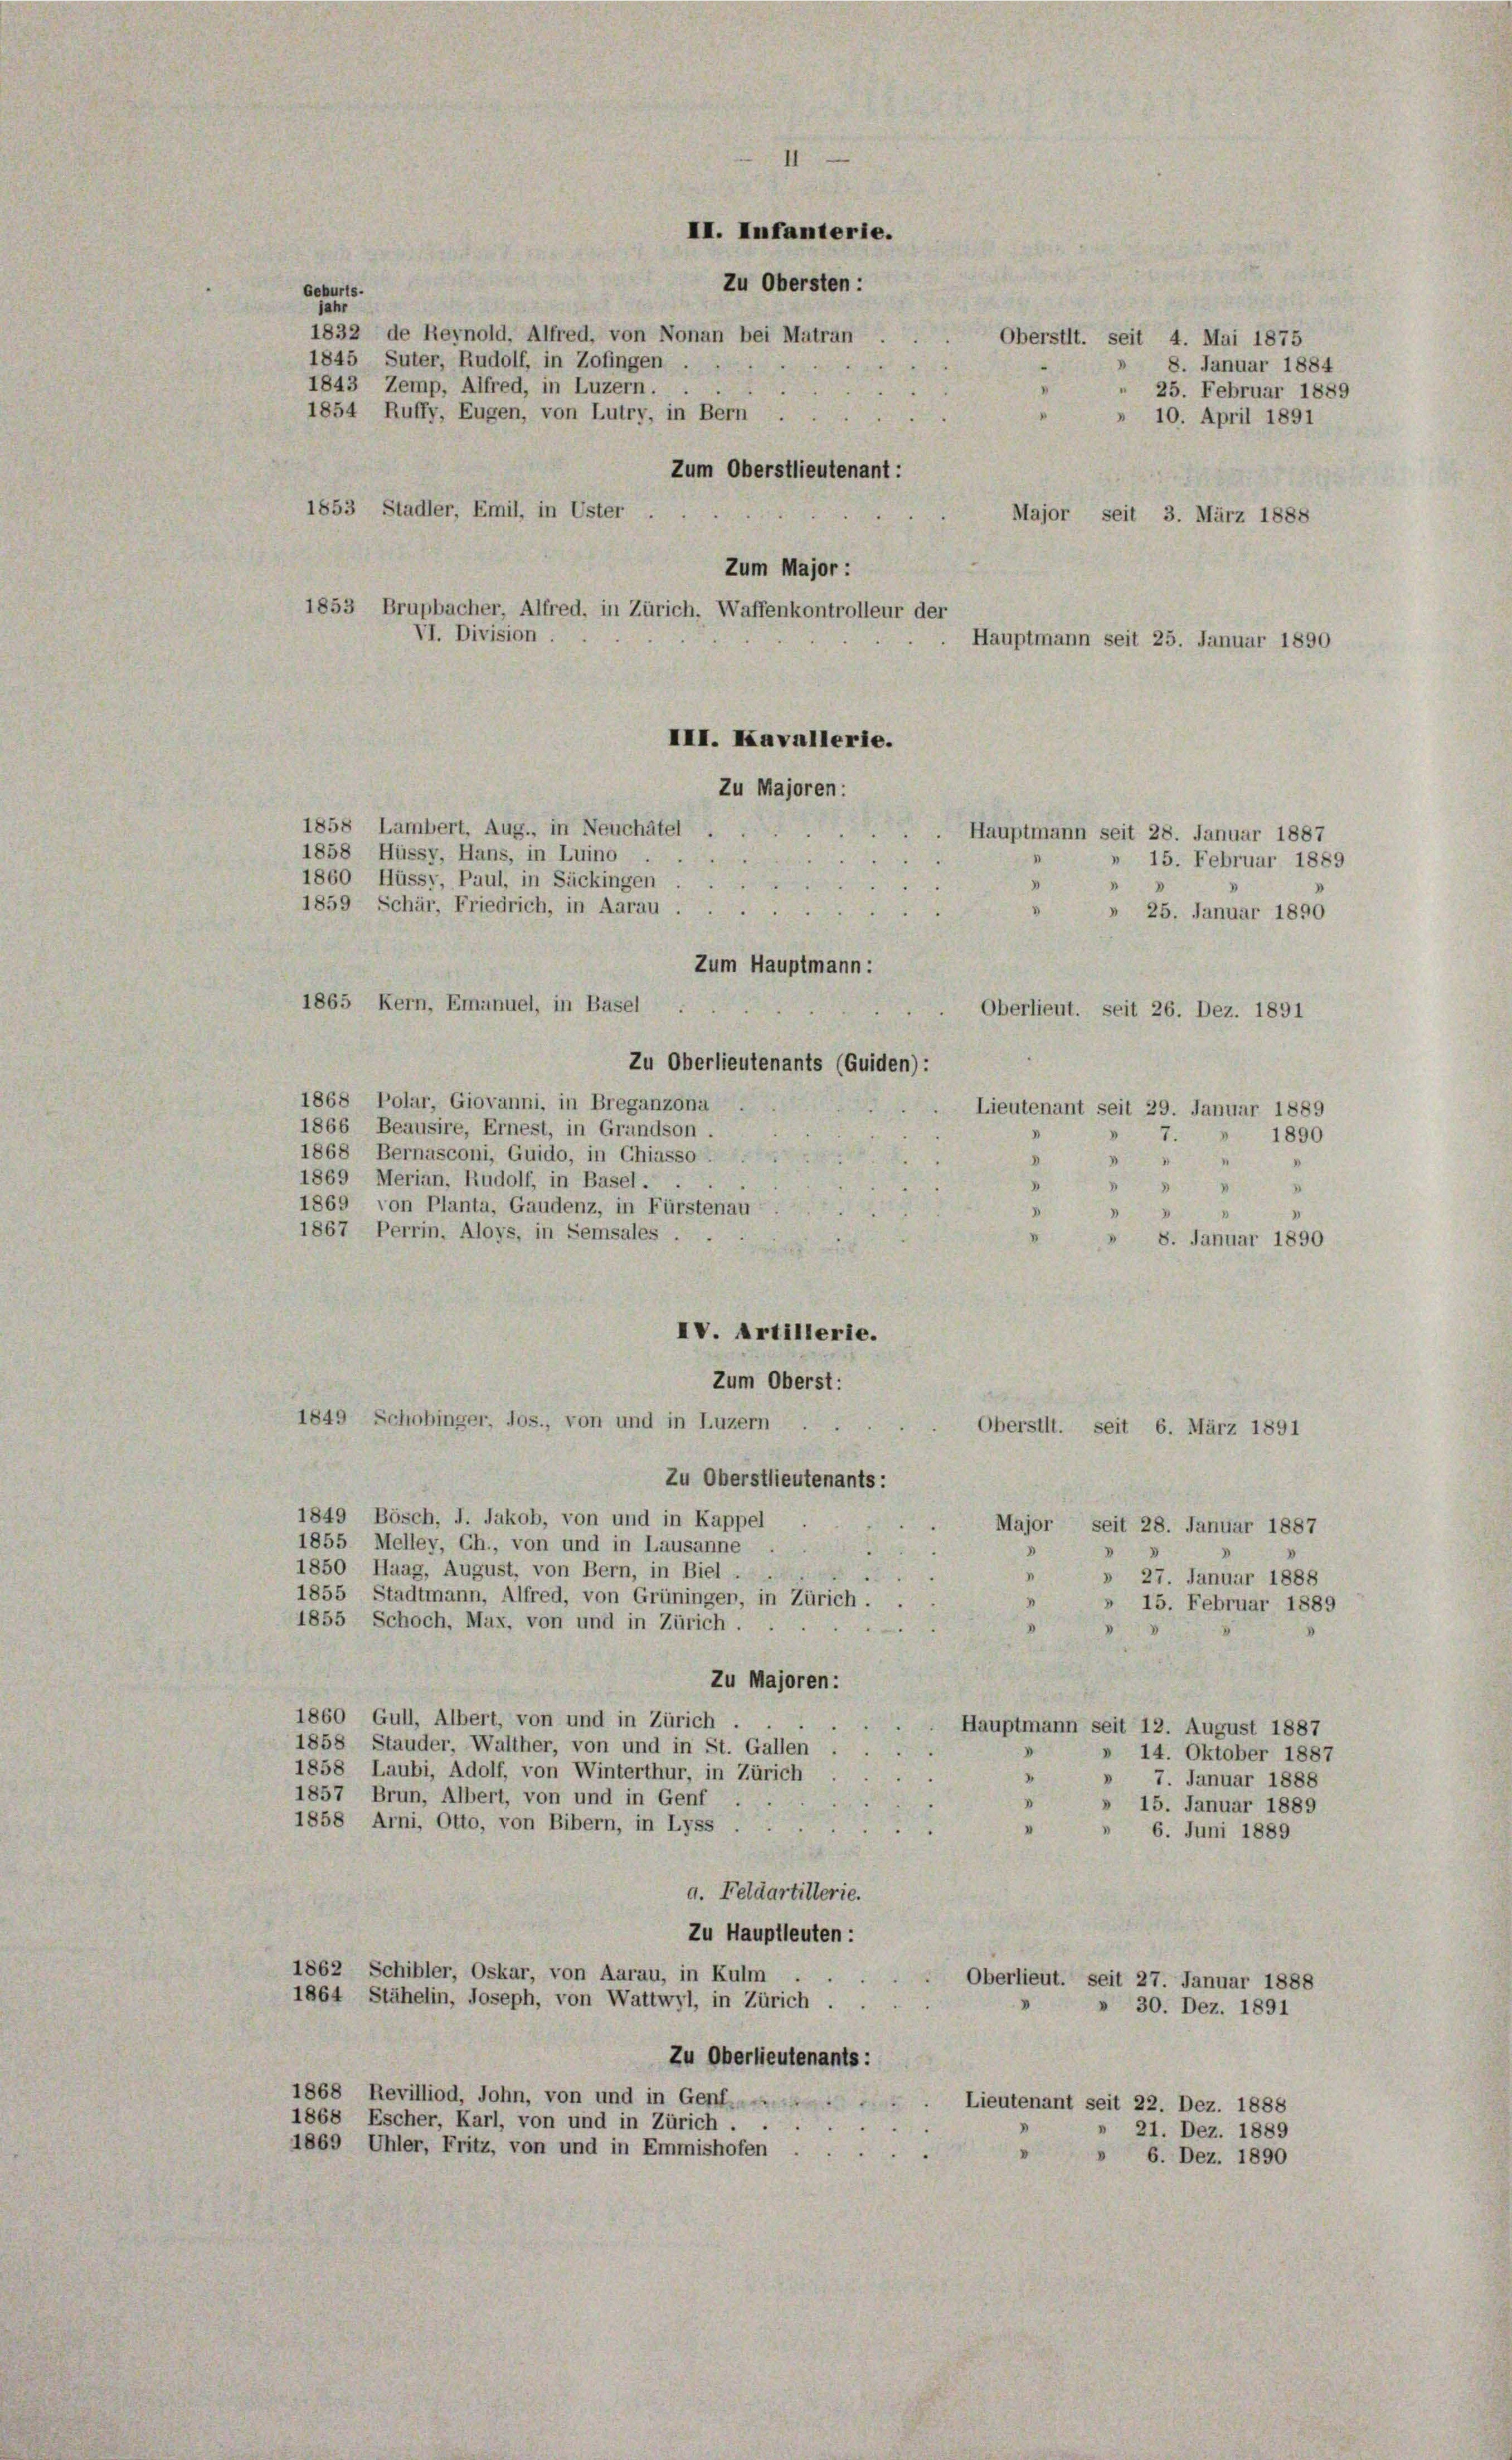
Geburts.
jahr
1832 de Reynold, Alfred, von Nonan bei Matran
Oberstit. seit 4. Mai 1875
1845 Suter, Rudolf, in Zofingen
1843 Zemp, Alfred, in Luzern.
1854 Ruffy, Eugen, von Lutry, in Bern .
Zum Oberstlieutenant:
1853 Stadler, Emil, in Uster .
Major seit 3. März 1888
VI. Division.
1858 Lambert, Aug., in Neuchâtel .
1858 Hüssy, Hans, in Luino.
15. Februar 1889
1860 Hüssy, Paul, in Säckingen
1859 Schär, Friedrich, in Aarau .
.
» 25. Januar 1890
Zum Hauptmann:
1865 Kern, Emanuel, in Basel
Oberlieut. seit 26. Dez. 1891
Zu Oberlieutenants (Guiden):
1868 Polar, Giovanni, in Breganzona
Lieutenant seit 29. Januar 1889
1866 Beausire, Ernest, in Grandson.
7. " 1890
1868 Bernasconi, Guido, in Chiasso
s
1869 Merian, Rudolf, in Basel. .

1869 von Planta, Gaudenz, in Fürstenau
.
1867 Perrin. Aloys, in Semsales .
» 8. Januar 1890
IV. Artillerie.
Zum Oberst:
1849 Schobinger, Jos., von und in Luzern
Oberstit. seit 6. März 1891
Zu Oberstlieutenants:
1849 Bösch, J. Jakob, von und in Kappel
Major
seit 28. Januar 1887
1855 Melley, Ch., von und in Lausanne
1850 Haag, August, von Bern, in Biel ...
» 27. Januar 1888
1855 Stadtmann, Alfred, von Grüninger, in Zürich.
» 15. Februar 1889
1855 Schoch, Max, von und in Zürich.
Zu Majoren:
1860 Gull, Albert, von und in Zürich.
Hauptmann seit 12. August 1887
1858 Stauder, Walther, von und in St. Gallen
14. Oktober 1887
1858 Laubi, Adolf, von Winterthur, in Zürich
» 7. Januar 1888
1857 Brun, Albert, von und in Genf
 » 15. Januar 1889
1858 Arni, Otto, von Bibern, in Lyss
6. Juni 1889
a. Feldartillerie.
Zu Hauptleuten:
1862 Schibler, Oskar, von Aarau, in Kulm .
Oberlieut. seit 27. Januar 1888
1864 Stähelin, Joseph, von Wattwyl, in Zürich.
» 30. Dez. 1891
Zu Oberlieutenants:
1868 Revilliod, John, von und in Genf,
Lieutenant seit 22. Dez. 1888
1868 Escher, Karl, von und in Zürich.
21. Dez. 1889
1869 Uhler, Fritz, von und in Emmishofen
6. Dez. 1890

II. Infanterie.
Zu Obersten :

Zum Major :
1853 Brupbacher, Alfred, in Zürich. Waffenkontrolleur der
III. Kavallerie.
Zu Majoren:
Hauptmann seit 28. Januar 1887

Hauptmann seit 25. Januar 1890

8. Januar 1884
 25. Februar 1889
 10. April 1891